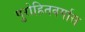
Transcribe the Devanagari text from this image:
पुरोहितवर्गास